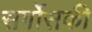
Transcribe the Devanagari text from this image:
सर्गोसकी